Vaccination in Bombay 1863-1868 - 1863-1868
Year: 1863
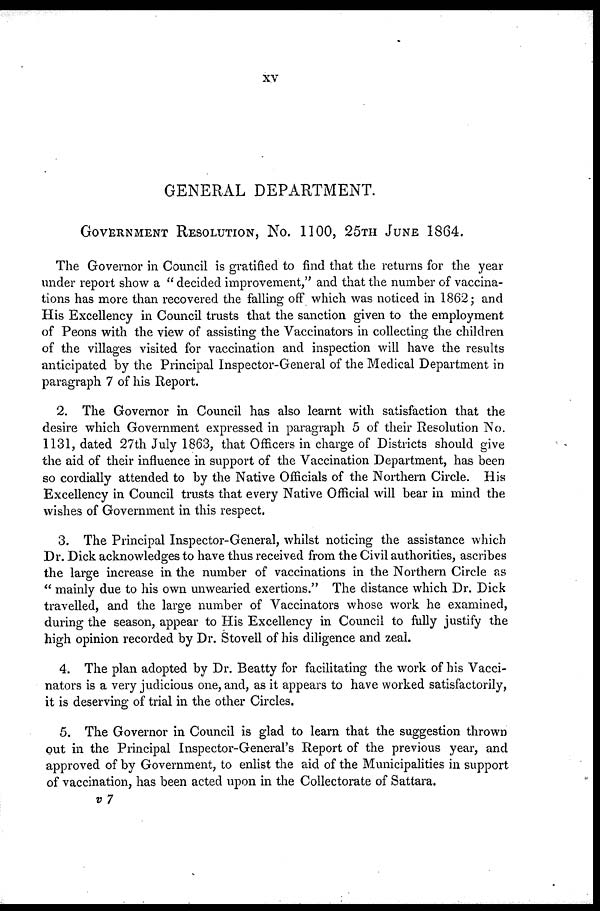
XV
GENERAL DEPARTMENT.
GOVERNMENT RESOLUTION, No. 1100, 25TH JUNE 1864.
The Governor in Council is gratified to find that the returns for the year
under report show a "decided improvement," and that the number of vaccina-
tions has more than recovered the falling off which was noticed in 1862; and
His Excellency in Council trusts that the sanction given to the employment
of Peons with the view of assisting the Vaccinators in collecting the children
of the villages visited for vaccination and inspection will have the results
anticipated by the Principal Inspector-General of the Medical Department in
paragraph 7 of his Report.
2. The Governor in Council has also learnt with satisfaction that the
desire which Government expressed in paragraph 5 of their Resolution No.
1131, dated 27th July 1863, that Officers in charge of Districts should give
the aid of their influence in support of the Vaccination Department, has been
so cordially attended to by the Native Officials of the Northern Circle. His
Excellency in Council trusts that every Native Official will bear in mind the
wishes of Government in this respect.
3. The Principal Inspector-General, whilst noticing the assistance which
Dr. Dick acknowledges to have thus received from the Civil authorities, ascribes
the large increase in the number of vaccinations in the Northern Circle as
"mainly due to his own unwearied exertions." The distance which Dr. Dick
travelled, and the large number of Vaccinators whose work he examined,
during the season, appear to His Excellency in Council to fully justify the
high opinion recorded by Dr. Stovell of his diligence and zeal.
4. The plan adopted by Dr. Beatty for facilitating the work of his Vacci-
nators is a very judicious one, and, as it appears to have worked satisfactorily,
it is deserving of trial in the other Circles.
5. The Governor in Council is glad to learn that the suggestion thrown
out in the Principal Inspector-General's Report of the previous year, and
approved of by Government, to enlist the aid of the Municipalities in support
of vaccination, has been acted upon in the Collectorate of Sattara.
v 7